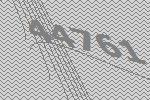
44761